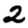
Digit: 2